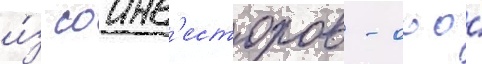
и́з соинв'есторов - ооо́